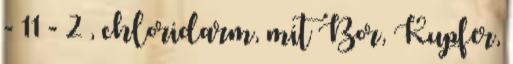
- 11 - 2 , chloridarm, mit Bor, Kupfer,